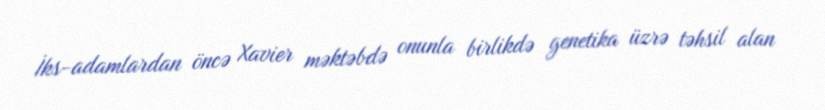
İks-adamlardan öncə Xavier məktəbdə onunla birlikdə genetika üzrə təhsil alan